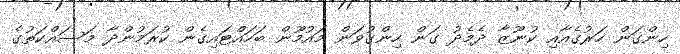
ހިންގަން ހަރުގެއާއި ކުނޫޒާ ދެމެދު ގަން ހިންގުވަން މައުމޫން ބަހައްޓައިގެން ކުރަމުންދާ މަސައްކަތުގެ